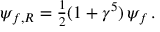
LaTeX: \psi _ { f , R } = { \textstyle \frac { 1 } { 2 } } ( 1 + \gamma ^ { 5 } ) \, \psi _ { f } \, .